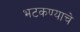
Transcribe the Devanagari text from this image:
भटकण्याचे